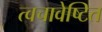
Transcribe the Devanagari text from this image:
त्वचावेष्टित